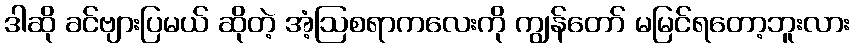
ဒါဆို ခင်ဗျားပြမယ် ဆိုတဲ့ အံ့ဩစရာကလေးကို ကျွန်တော် မမြင်ရတော့ဘူးလား